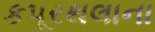
કપૂરથલાના